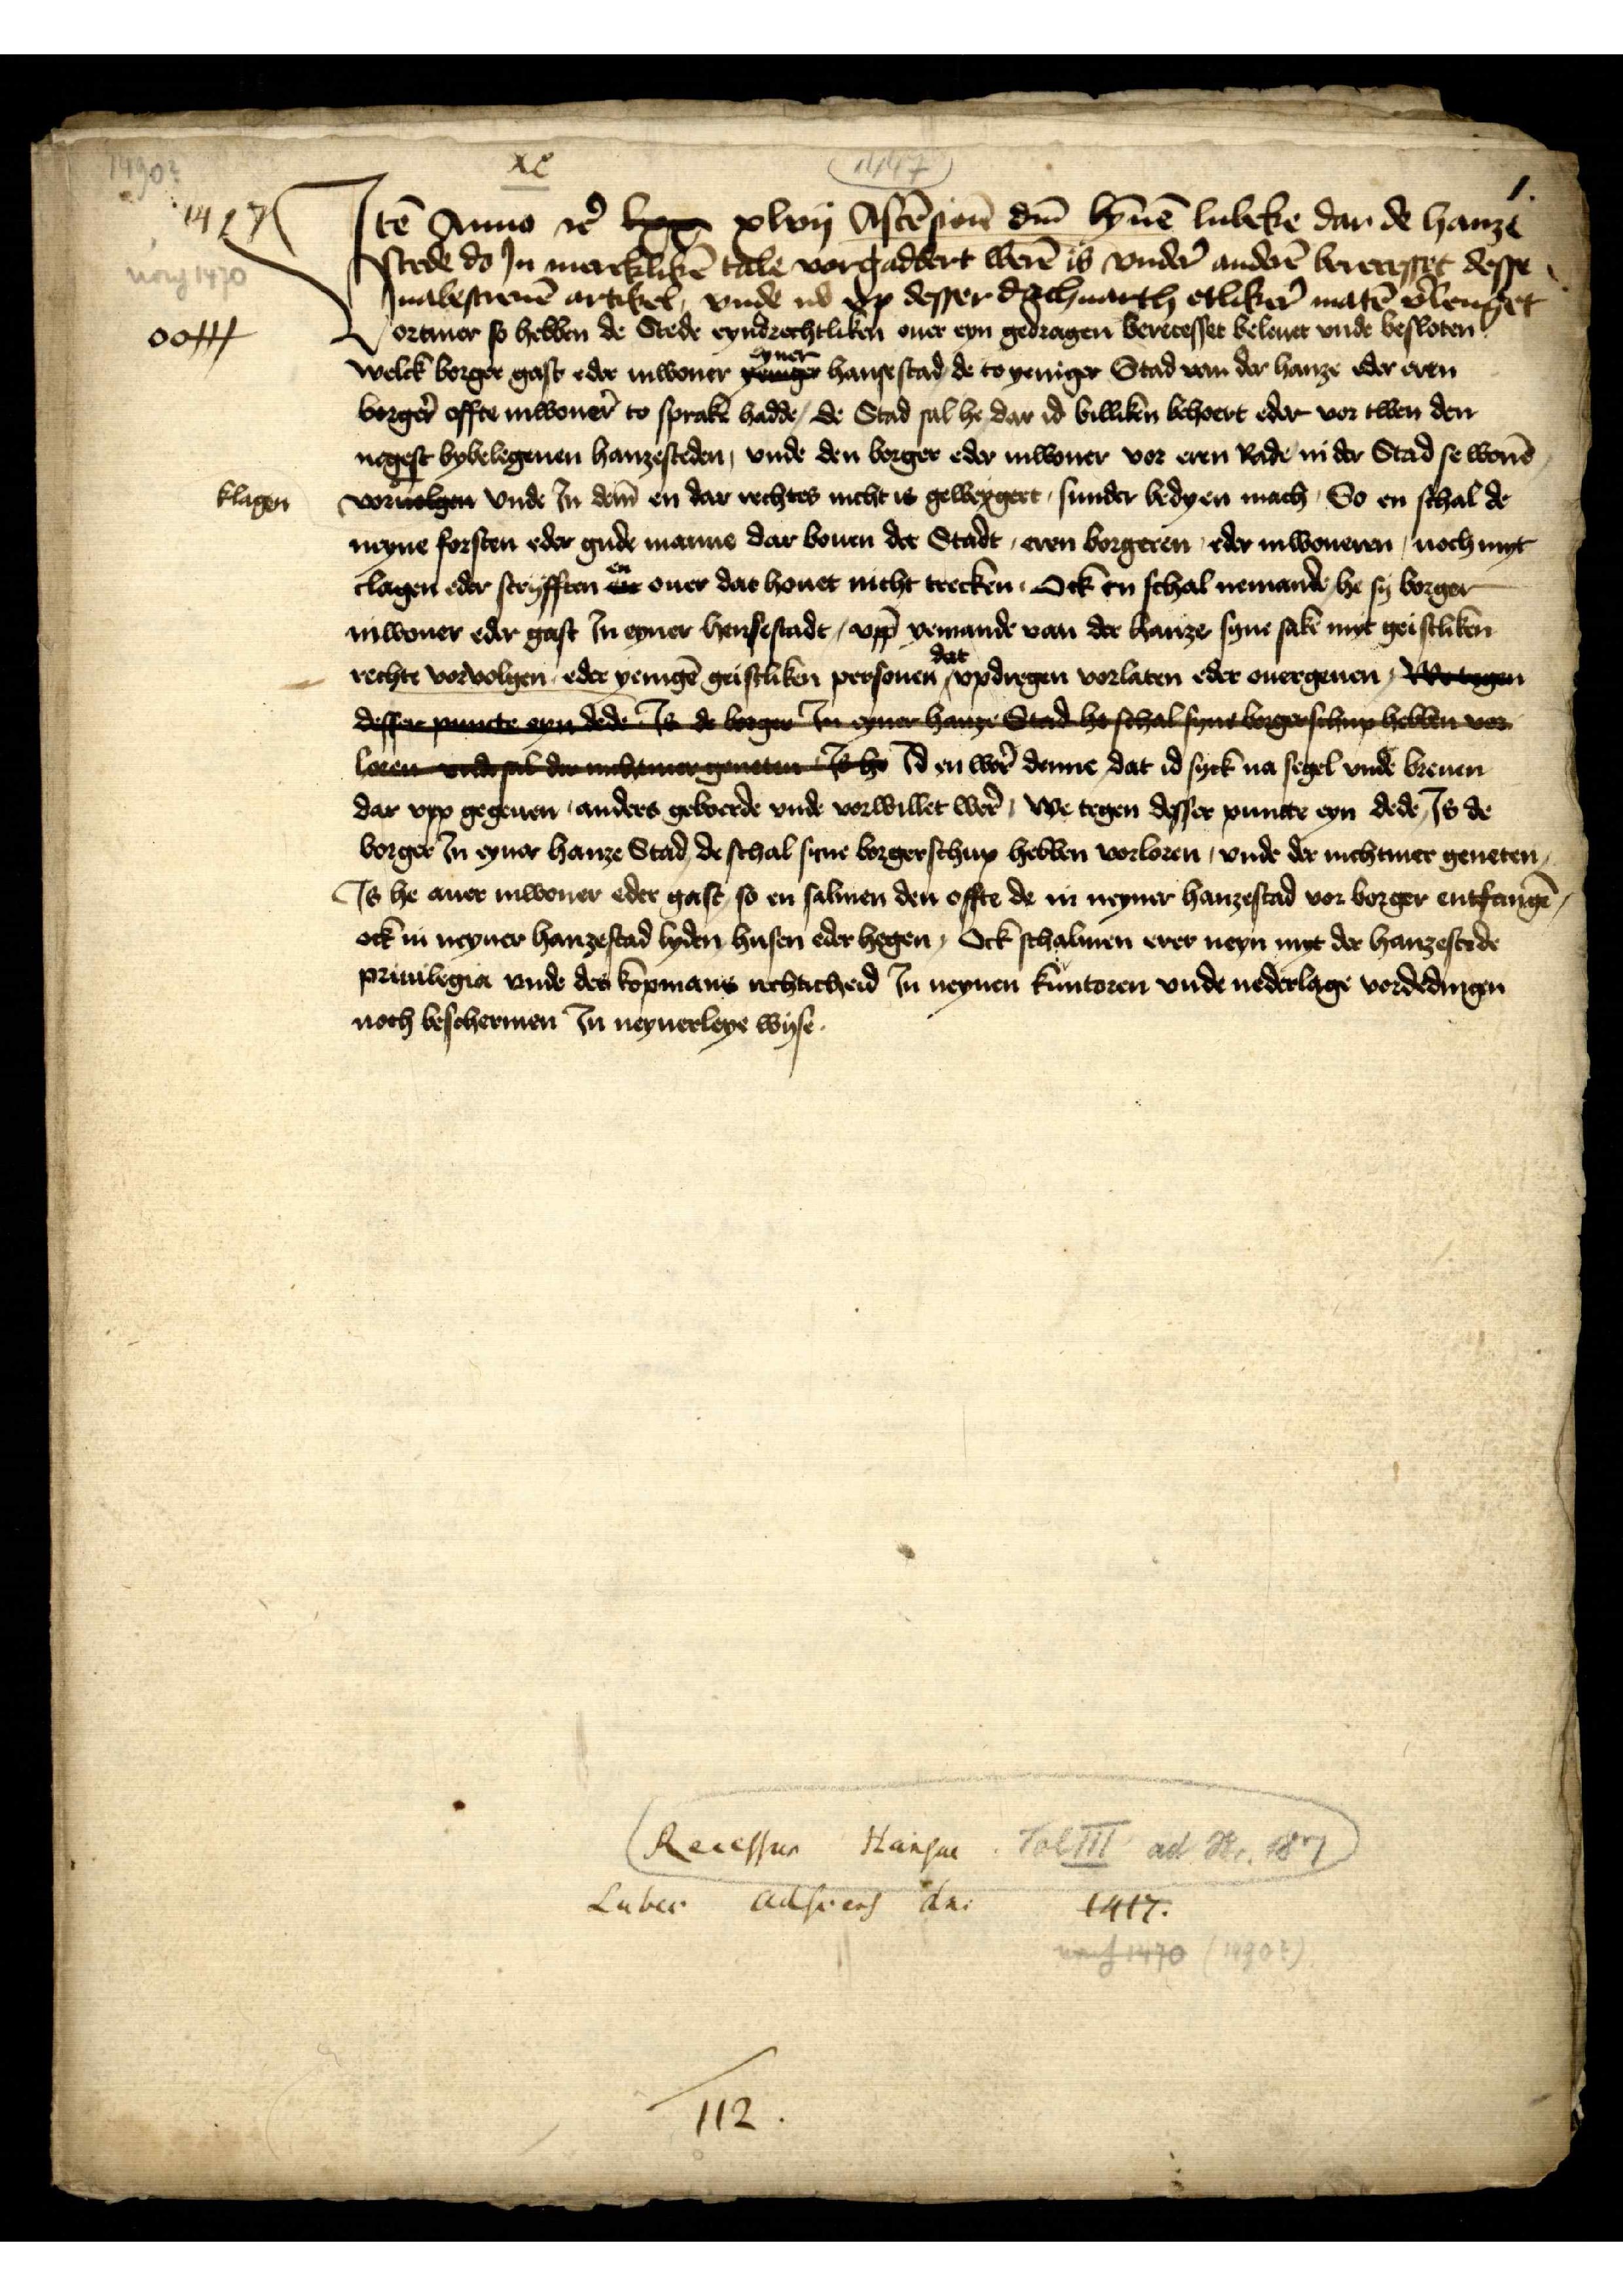
1417

oo+++

Jtē Anno et̉ lxx xlvij Ascēsion̄ dm̄ bȳnē Lubeke dar de hanze
Stede do Jn mercklikē tale vorgaddert werē is vnder̉ anderē berecesset desse
nabescreuē artikel, vnde nv vp desser dachuarth etliker̉ matē v̉lenget 
Vortmer so hebben de Stede eyndrechtliken ouer eyn gedragen berecesset beleuet vnde besloten
welck borger gast edder Jnwoner eyner hansestad de to yeniger Stad van der hanze edder eren
borger̉ offte inwoner to sprake hadde, de Stad sal he dar id billiken behoert eder vor twen den
negest bybelegenen hanzesteden, vnde den borger edder inwoner vor eren Rade in der Stad se worē
vor ouolge vnde in dem en dar rechtes nicht is geweygert, sunder bedyen mach, So en schal de
neyne forsten eder gude manne dar bouen der Stadt eren borgeren, edder inwoneren, noch myt
clagen edder scryfften en ouer dat houet nicht trecken, Ock in schal nemande he sy borger
inwoner edder gast Jn eyner hensestadt, vpp yemande van der hanze synt sake myt geistliken
rechte vorvolgen edder yenigē geistliken personen dat vpdregen vorlaten edder ouergeuen, Bre
desse des den eynhan Stad he schal syn beschin hebben
loren vnde he Jd en wer̉ denne dat id syck na segel vnde breuen
dar vpp gegeuen anders geworde vnde vorwillet wer̉, we tegen desser puncte eyn dede, Js de
borger in eyner hanze Stad de schal sine borgerschup hebben vorloren, vnde der nichtmer geneten
Js he auer inwoner edder gast so en salmen den offte de in neyner hanzestad vorborger entfangē
ock in neyner hanzestad lyden husen eder hegen, Ock schalmen erer neyn mit der hanzestede
priuilegia vnde des kopmans rechticheid Jn neynen kuntoren vnde nedderlage vordedingen
noch beschermen Jn neynerleye wyse

klagen